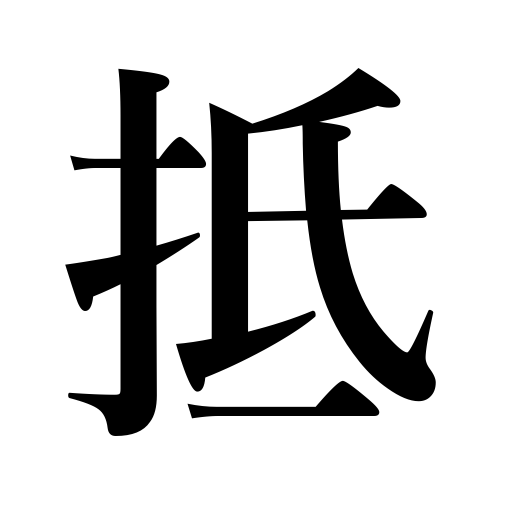
Meanings: resist,touch,reach